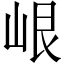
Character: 𡷐